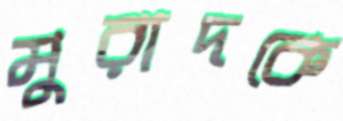
মুরাদকে